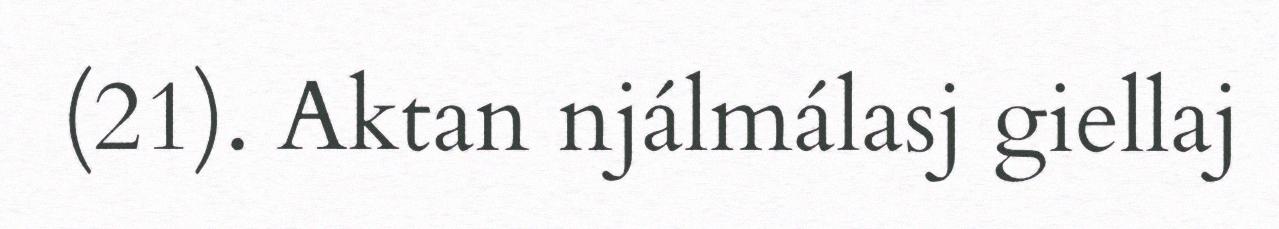
(21). Aktan njálmálasj giellaj